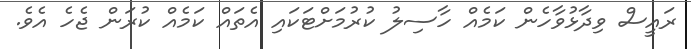
ރައީސް ވިދާޅުވާހެން ކަމެއް ހާސިލު ކުރުމަށްޓަކައި އެތައް ކަމެއް ކުރަން ޖެހެ އެވެ.